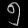
Digit: ၅